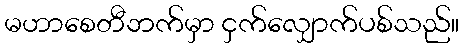
မဟာစေတီဘက်မှာ ငှက်လျှောက်ပစ်သည်။